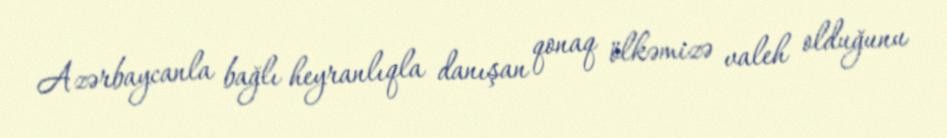
Azərbaycanla bağlı heyranlıqla danışan qonaq ölkəmizə valeh olduğunu